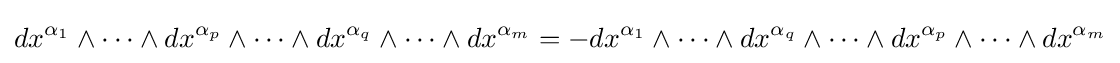
dx^{\alpha _{1}}\wedge \cdots \wedge dx^{\alpha _{p}}\wedge \cdots \wedge dx^{\alpha _{q}}\wedge \cdots \wedge dx^{\alpha _{m}}=-dx^{\alpha _{1}}\wedge \cdots \wedge dx^{\alpha _{q}}\wedge \cdots \wedge dx^{\alpha _{p}}\wedge \cdots \wedge dx^{\alpha _{m}}